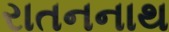
રાતનનાથ